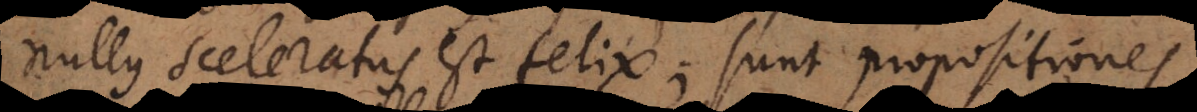
nullus sceleratus est felix; sunt propositiones